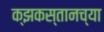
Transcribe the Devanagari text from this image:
क्झकस्तानच्या